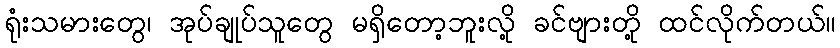
ရုံးသမားတွေ၊ အုပ်ချုပ်သူတွေ မရှိတော့ဘူးလို့ ခင်ဗျားတို့ ထင်လိုက်တယ်။